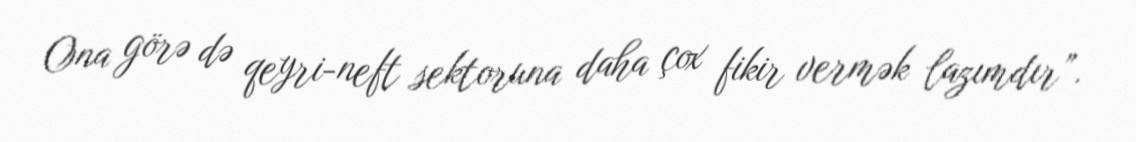
Ona görə də qeyri-neft sektoruna daha çox fikir vermək lazımdır”.